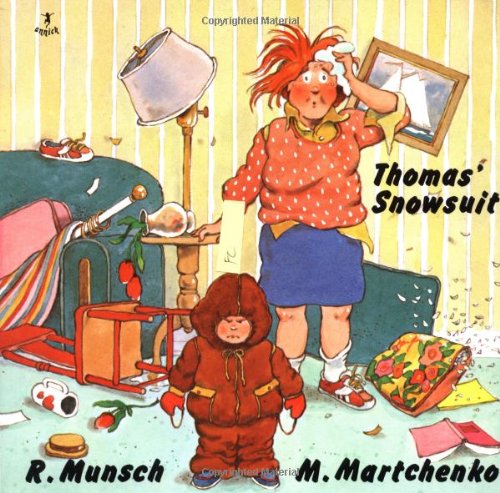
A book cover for Thomas' Snowsuit (Classic Munsch); Robert Munsch; Children's Books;